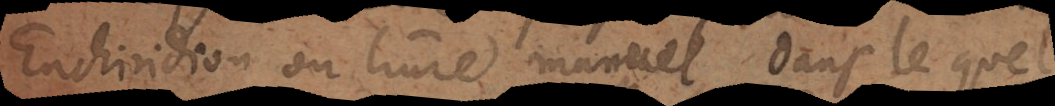
Enchiridion ou livre manuel, dans lequel